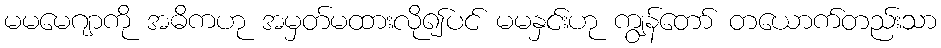
မမမေဂျာကို အဓိကဟု အမှတ်မထားလို၍ပင် မမနှင်းဟု ကျွန်တော် တယောက်တည်းသာ